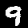
Digit: 9